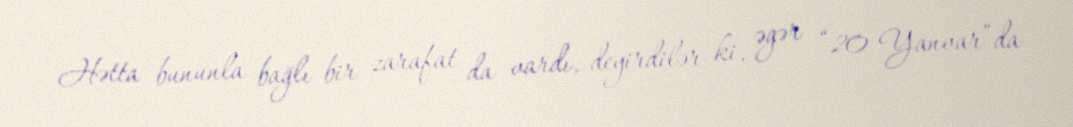
Hətta bununla bağlı bir zarafat da vardı, deyirdilər ki, əgər “20 Yanvar”da